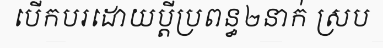
បើកបរដោយប្តីប្រពន្ធ២នាក់ ស្រប